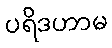
ပရိဒဟာမ